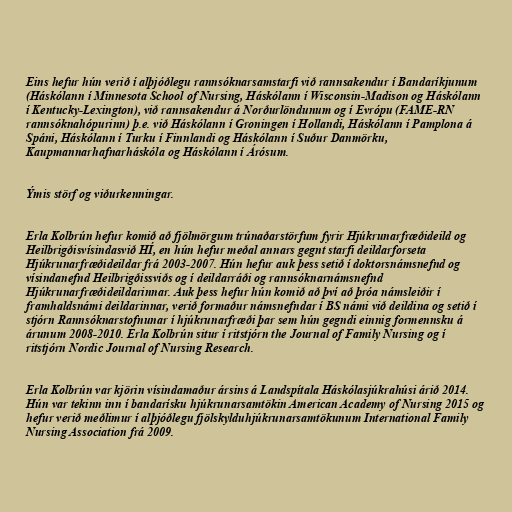
Eins hefur hún verið í alþjóðlegu rannsóknarsamstarfi við rannsakendur í Bandaríkjunum
(Háskólann í Minnesota School of Nursing, Háskólann í Wisconsin-Madison og Háskólann
í Kentucky-Lexington), við rannsakendur á Norðurlöndunum og í Evrópu (FAME-RN
rannsóknahópurinn) þ.e. við Háskólann í Groningen í Hollandi, Háskólann í Pamplona á
Spáni, Háskólann í Turku í Finnlandi og Háskólann í Suður Danmörku,
Kaupmannarhafnarháskóla og Háskólann í Árósum.

Ýmis störf og viðurkenningar.

Erla Kolbrún hefur komið að fjölmörgum trúnaðarstörfum fyrir Hjúkrunarfræðideild og
Heilbrigðisvísindasvið HÍ, en hún hefur meðal annars gegnt starfi deildarforseta
Hjúkrunarfræðideildar frá 2003-2007. Hún hefur auk þess setið í doktorsnámsnefnd og
vísindanefnd Heilbrigðissviðs og í deildarráði og rannsóknarnámsnefnd
Hjúkrunarfræðideildarinnar. Auk þess hefur hún komið að því að þróa námsleiðir í
framhaldsnámi deildarinnar, verið formaður námsnefndar í BS námi við deildina og setið í
stjórn Rannsóknarstofnunar í hjúkrunarfræði þar sem hún gegndi einnig formennsku á
árunum 2008-2010. Erla Kolbrún situr í ritstjórn the Journal of Family Nursing og í
ritstjórn Nordic Journal of Nursing Research.

Erla Kolbrún var kjörin vísindamaður ársins á Landspítala Háskólasjúkrahúsi árið 2014.
Hún var tekinn inn í bandarísku hjúkrunarsamtökin American Academy of Nursing 2015 og
hefur verið meðlimur í alþjóðlegu fjölskylduhjúkrunarsamtökunum International Family
Nursing Association frá 2009.